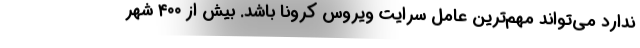
ندارد می‌تواند مهم‌ترین عامل سرایت ویروس کرونا باشد. بیش از ۴۰۰ شهر